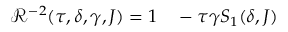
\begin{array} { r l } { \mathcal { R } ^ { - 2 } ( \tau , \delta , \gamma , J ) = 1 } & { { } - \tau \gamma S _ { 1 } ( \delta , J ) } \end{array}